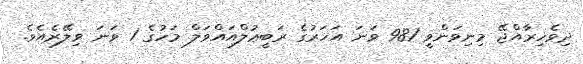
ދިވެހިރާއްޖޭ މިނިވަންވީ 981 ވަނަ އަހަރުގެ ރަބީޢުލްއައްވަލް މަހުގެ 1 ވަނަ ވިލޭރެއެވެ.